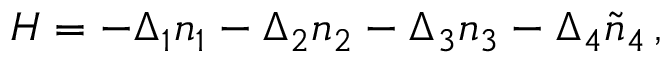
\begin{array} { r } { H = - \Delta _ { 1 } n _ { 1 } - \Delta _ { 2 } n _ { 2 } - \Delta _ { 3 } n _ { 3 } - \Delta _ { 4 } \tilde { n } _ { 4 } \, , } \end{array}